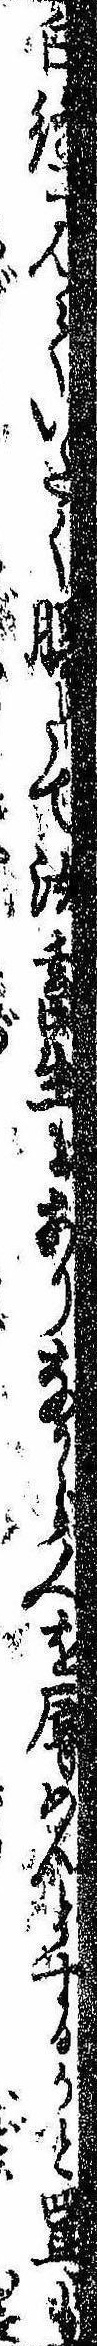
白縫見ていたく腹たて汝畜生にありながら人を辱めんとするかと罵も